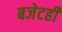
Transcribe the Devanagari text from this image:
बजेटही